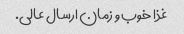
غذا خوب و زمان ارسال عالی.